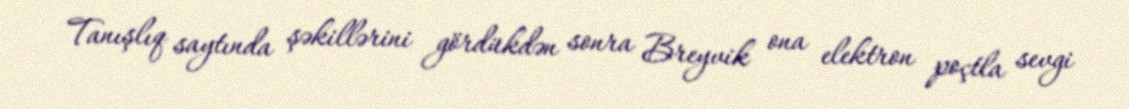
Tanışlıq saytında şəkillərini gördükdən sonra Breyvik ona elektron poçtla sevgi